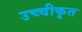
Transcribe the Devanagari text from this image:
उच्‍चीकृत